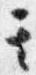
其